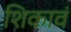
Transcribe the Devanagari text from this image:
शिकावं